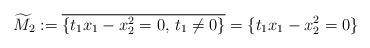
LaTeX: \begin{align*}\widetilde{M}_2 :=\overline{\{t_1x_1 - x_2^2 = 0,\, t_1 \ne 0\}}= \{t_1x_1 - x_2^2 = 0\}\end{align*}